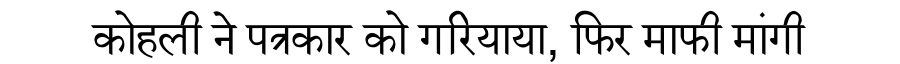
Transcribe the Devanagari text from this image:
कोहली ने पत्रकार को गरियाया, फिर माफी मांगी